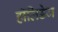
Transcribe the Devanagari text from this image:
हॉलिडेज